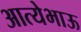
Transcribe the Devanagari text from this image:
आत्येभाऊ